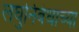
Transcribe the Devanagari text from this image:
लघुनिबंधाच्या